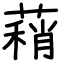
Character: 蕱